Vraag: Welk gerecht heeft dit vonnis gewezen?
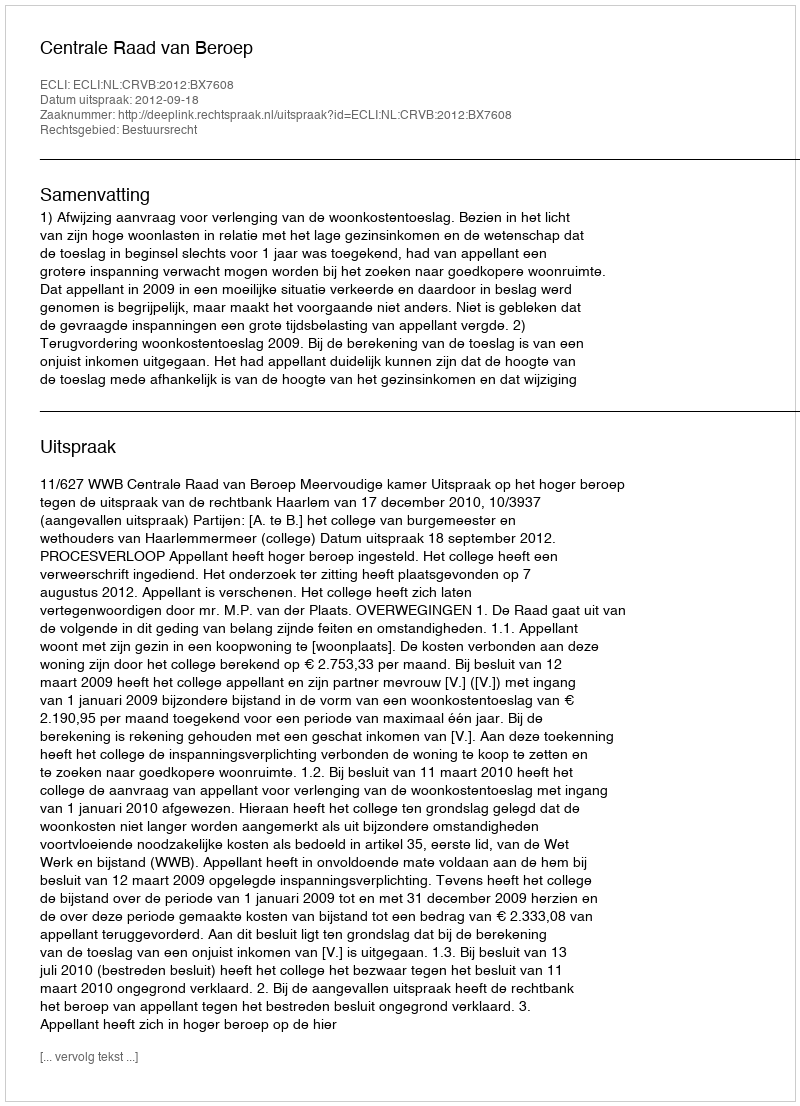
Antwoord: Centrale Raad van Beroep